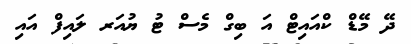
ދޭ މޭޑް ކްއައިޓް އަ ބިގް މެސް ޓު ޔުއަރ ލައިފް އައި